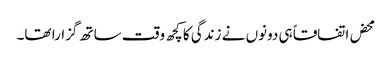
محض اتفاقاً ہی دونوں نے زندگی کا کچھ وقت ساتھ گزارا تھا۔